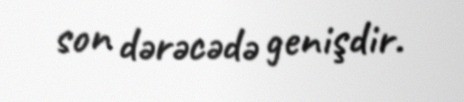
son dərəcədə genişdir.